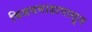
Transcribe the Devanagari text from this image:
विजयवाडापासून